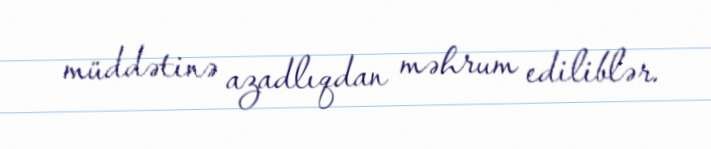
müddətinə azadlıqdan məhrum ediliblər.